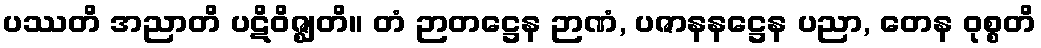
ပဿတိ အညာတိ ပဋိဝိဇ္ဈတိ။ တံ ဉာတဋ္ဌေန ဉာဏံ, ပဇာနနဋ္ဌေန ပညာ, တေန ဝုစ္စတိ